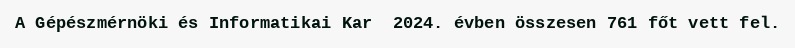
A Gépészmérnöki és Informatikai Kar  2024. évben összesen 761 főt vett fel.